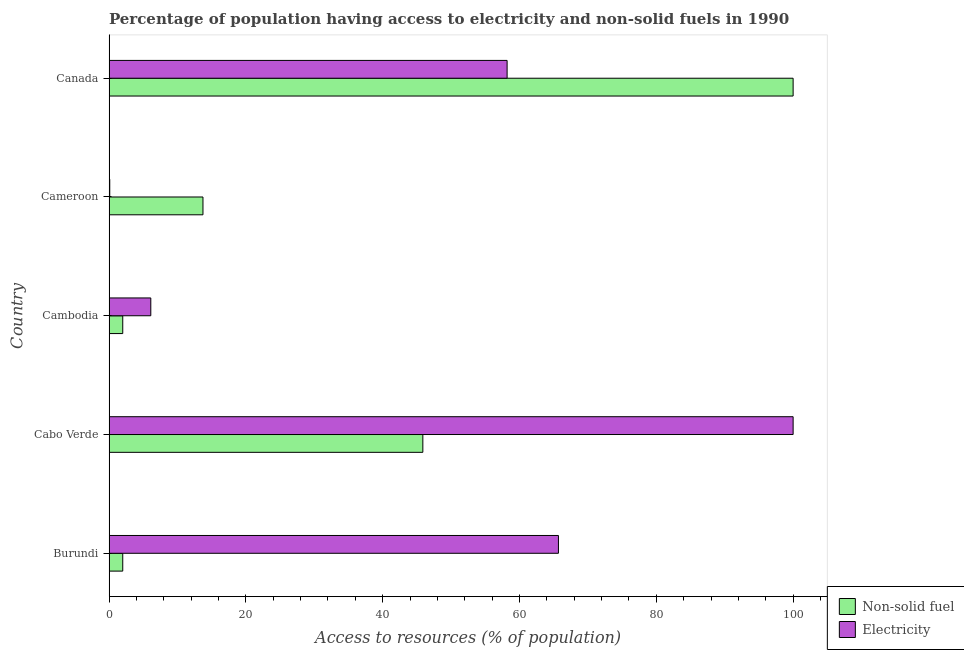
| Country | Non-solid fuel | Electricity |
 | --- | --- | --- |
 | Burundi | 2 | 65.7 |
 | Cabo Verde | 45.9 | 100 |
 | Cambodia | 2 | 6.1 |
 | Cameroon | 13.7 | 0.1 |
 | Canada | 100 | 58.2 |